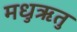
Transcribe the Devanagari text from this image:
मधुऋतु